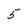
Character: 5